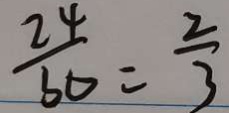
\frac { 2 4 } { 3 0 } = \frac { 2 } { 3 }